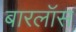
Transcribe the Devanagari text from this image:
बारलॉस